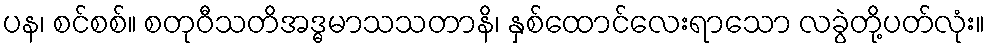
ပန၊ စင်စစ်။ စတုဝီသတိအဒ္ဓမာသသတာနိ၊ နှစ်ထောင်လေးရာသော လခွဲတို့ပတ်လုံး။